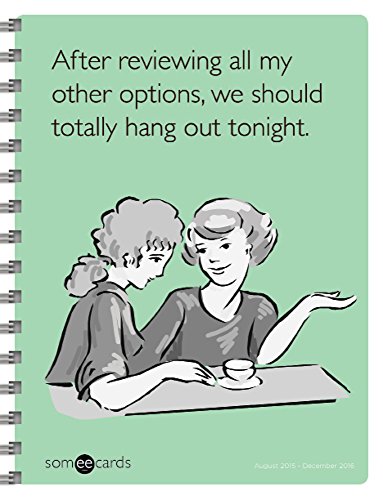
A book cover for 2016 Someecards 17 Month Spiral Planner; Someecards; Humor & Entertainment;